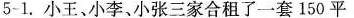
5-1.小王、小李、小张三家合租了一套150平